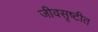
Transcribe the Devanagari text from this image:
जीवसृष्टीत